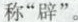
称“辟”。